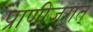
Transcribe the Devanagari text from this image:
प्राणीजगत्